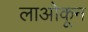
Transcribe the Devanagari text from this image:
लाओकून